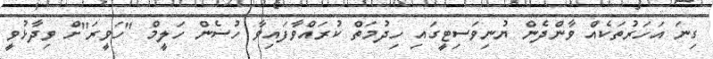
ގިނަ އަހަރުތަކެއް ވާންދެން ޔުނިވަސިޓީގައި ހިދުމަތް ކުރައްވާފައިވާ ހުސެން ހަލީމް "ހަވީރަ"ށް ވިދާޅުވީ